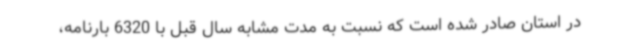
در استان صادر شده است که نسبت به مدت مشابه سال قبل با 6320 بارنامه،